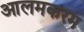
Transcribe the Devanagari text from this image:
आलमकरम